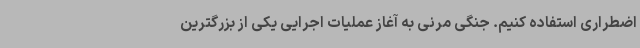
اضطراری استفاده کنیم. جنگی مرنی به آغاز عملیات اجرایی یکی از بزرگترین